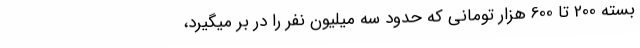
بسته 200 تا 600 هزار تومانی که حدود سه میلیون نفر را در بر میگیرد،